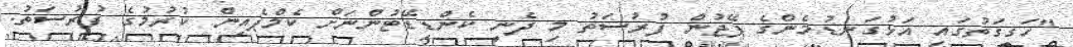
"ހަގީގަތުގައި އަޅުގަނޑުމެންގެ ޕޭޖުން ފުރުސަތު މި ދެނީ ކެންޑިޑޭޓުންނަށް ކެމްޕެއިން ކުރުމުގެ ފުރުސަތު.